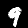
Label: 9